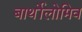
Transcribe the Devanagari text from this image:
बार्थोलोमिव